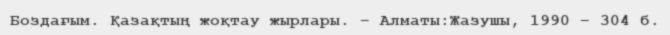
Боздағым. Қазақтың жоқтау жырлары. – Алматы:Жазушы, 1990 – 304 б.